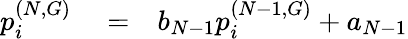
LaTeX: \begin{array}{rlr}{p_{i}^{(N,G)}}&{{}=}&{b_{N-1}p_{i}^{(N-1,G)}+a_{N-1}}\end{array}